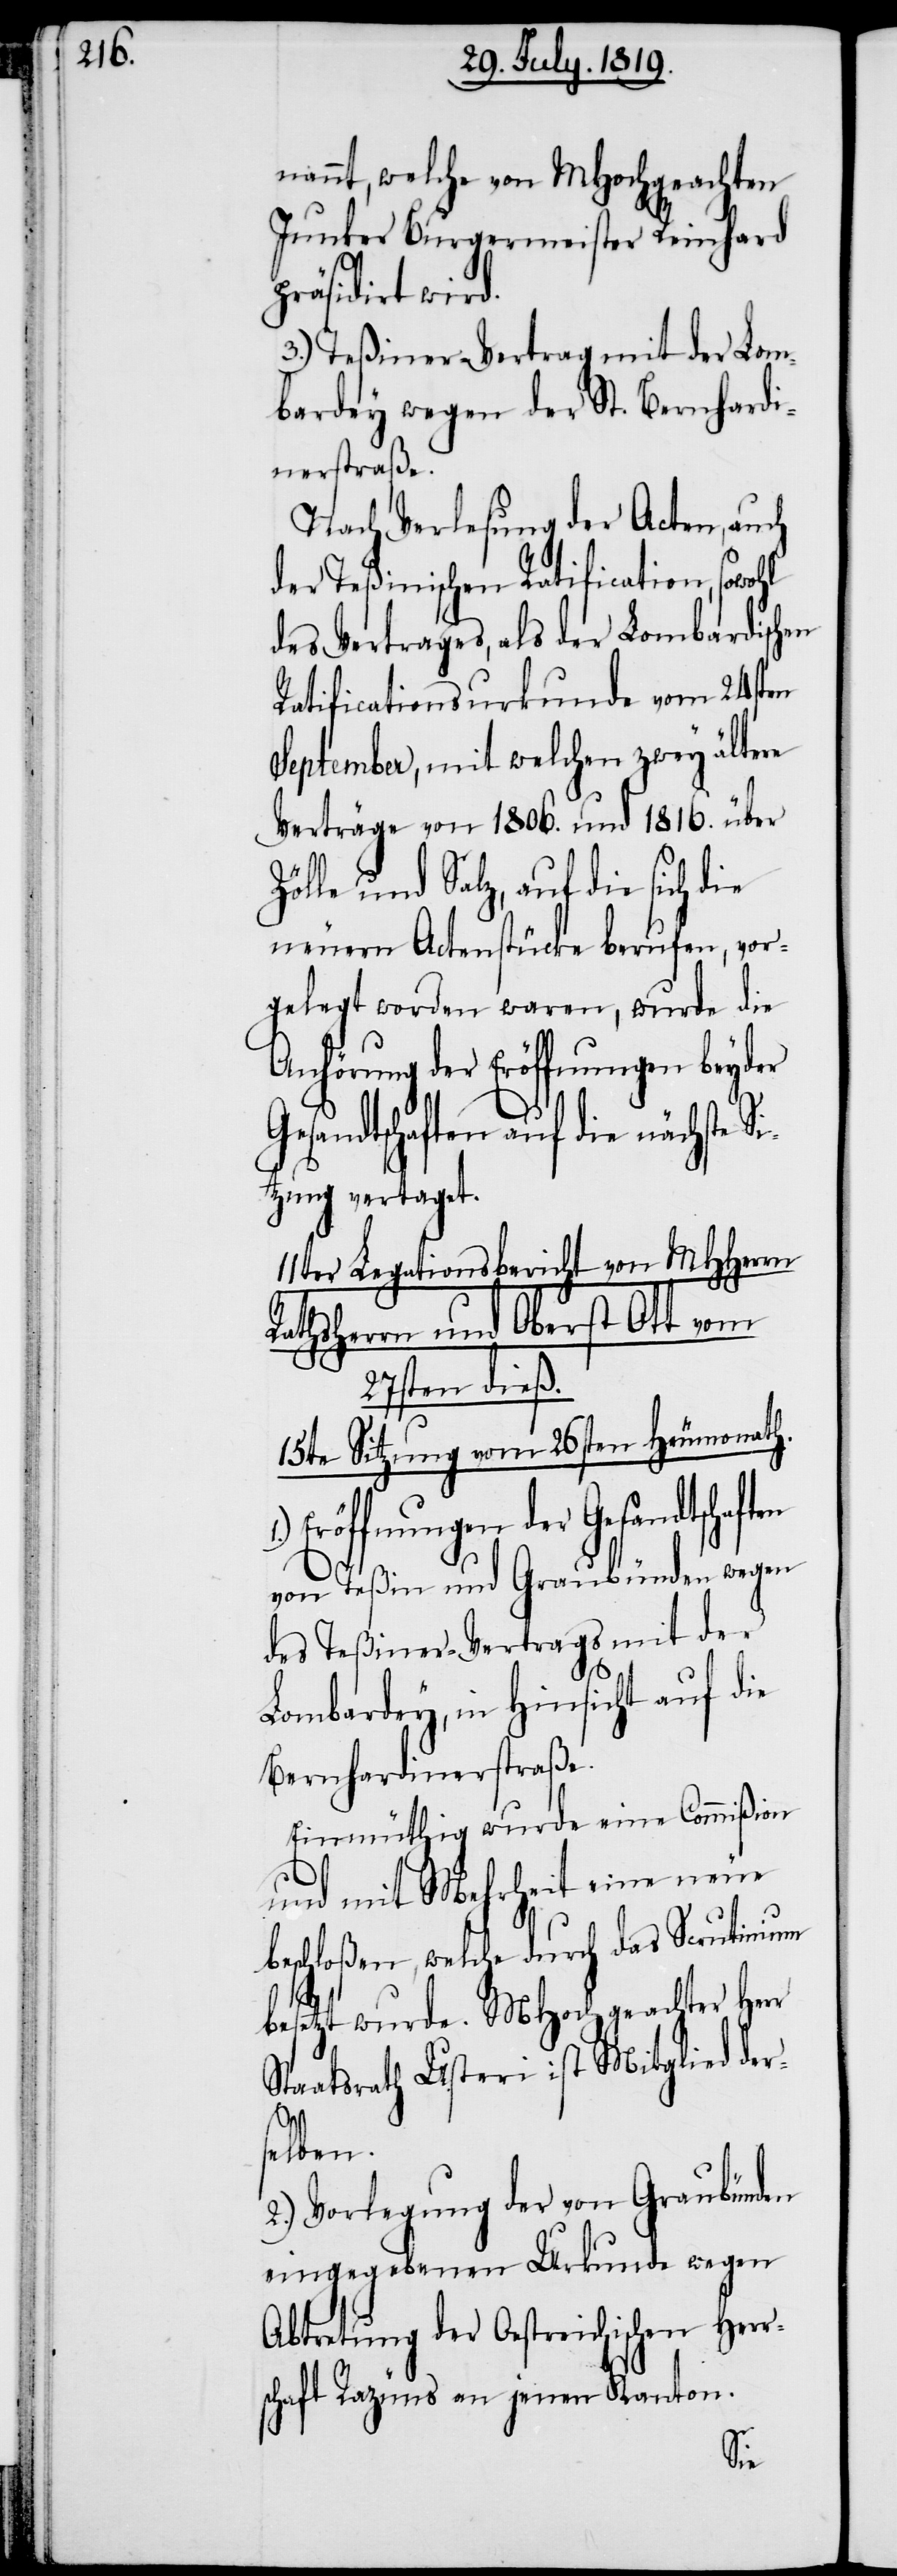
nannt, welche von MHochgeachten
Junker Burgermeister Reinhard
präsidirt wird.
3.) Teßiner Vertrag mit der Lom¬
bardey wegen der St. Bernhardi¬
nerstraße.
Nach Verlesung der Acten, auch
der Teßinischen Ratification, sowohl
des Vertrages, als der Lombardischen
Ratificationsurkunde vom 24sten
September, mit welchen zwey ältere
Verträge von 1806. und 1816. über
Zölle und Salz, auf die sich die
neuen Actenstücke berufen, vor¬
gelegt worden waren, wurde die
Anhörung der Eröffnungen beyder
sandtschaften auf die nächste S¬
itzung vertaget.
11ter Legatonsbericht von MHHerrn
Rathsherrn und Oberst Ott vom
27sten dieß.
15te Sitzung vom 26sten Heumonath.
Gesandtschaften
von Teßin und Graubünden wegen
des Teßiner-Vertrags mit der
Lombardey, in Hinsicht auf die
Bernhardinerstraße.
Einmüthig wurde eine Commißion
und mit Mehrheit eine neue
beschloßen, welche durch das Scrutinium
besetzt wurde. MHochgeachter Herr
Staatsrath Usteri ist Mitglied der¬
selben.
2.) Vorlegung der von Graubünden
eingegebenen Urkunde wegen
Abtretung der Oestreichischen Herr¬
schaft Razüns an jenen Kanton.
Ge¬